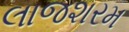
લાજશરમ